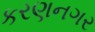
કરણનગર